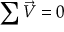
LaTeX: \sum { \vec { V } } = 0